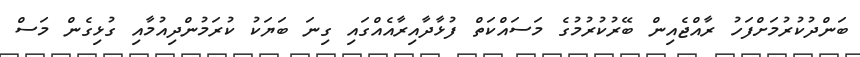
ބަންދުކުރުމަށްފަހު ރާއްޖެއިން ބޭރުކުރުމުގެ މަސައްކަތް ފުޅާދާއިރާއެއްގައި ގިނަ ބަޔަކު ކުރަމުންދިއުމާއި ގުޅިގެން މަސް